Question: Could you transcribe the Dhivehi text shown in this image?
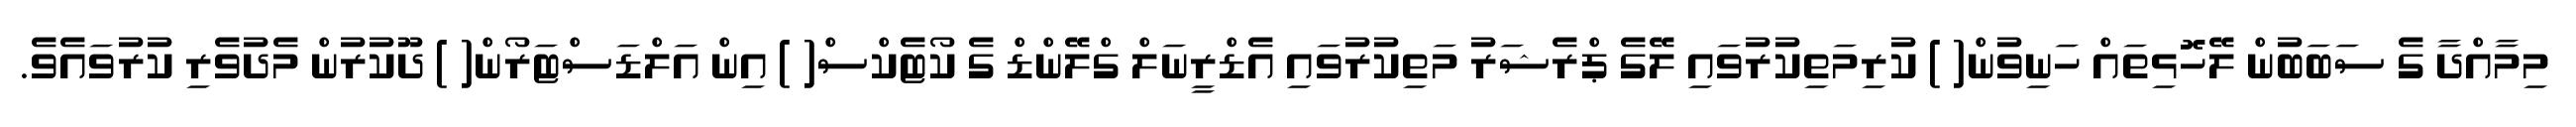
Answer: މިމާއްދާ ގެ ސަބަބުން ލޭހޮޅިތައް ހަނިވުން( ) ކުރިމަތިކުރުވައި ލޭގެ ޕްރެޝަރު މަތިކުރުވައި އެޑްރީނަލް ގްލޭންޑް ގެ ކޯޓެކްސް( ) އިން އަލްޑަސްޓަރޯން( ) ދޫކުރުން މެދުވެރި ކުރުވައެވެ.